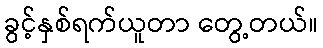
ခွင့်နှစ်ရက်ယူတာ တွေ့တယ်။